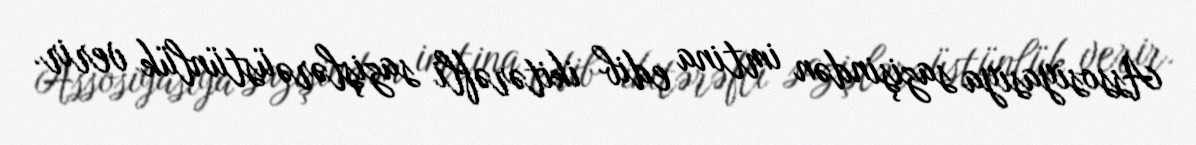
Assosiyasiya sazişindən imtina edib ikitərəfli sazişlərə üstünlük verir.